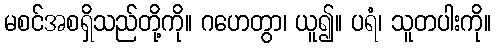
မစင်အစရှိသည်တို့ကို။ ဂဟေတွာ၊ ယူ၍။ ပရံ၊ သူတပါးကို။